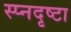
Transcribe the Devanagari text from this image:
स्प्नदृष्टा